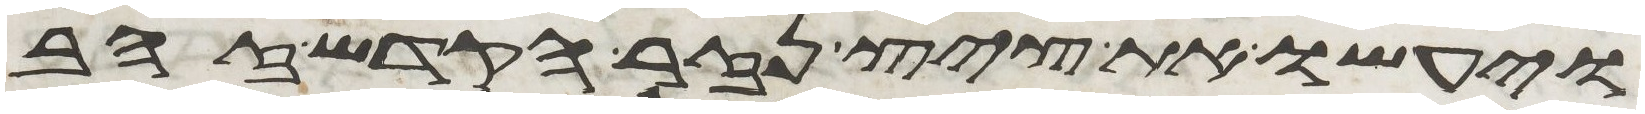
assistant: ויעשו את ציץ נזר הקדש זהב